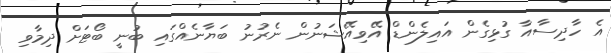
އެ ހާދިސާއާ ގުޅިގެން އައިލެންޑް އޭވިއޭޝަނުން ނެރުނު ބަޔާނެއްގައި ބުނީ ބޯޓަށް ދިމާވި